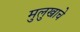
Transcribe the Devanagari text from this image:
मुलुखाचे